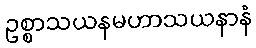
ဥစ္စာသယနမဟာသယနာနံ